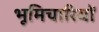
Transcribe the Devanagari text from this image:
भूमिचारियों